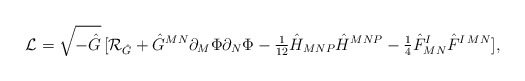
\begin{align*}{\cal L} = \sqrt{-\hat{G}}\,[{\cal R}_{\hat{G}} + \hat{G}^{MN}\partial_M \Phi \partial_N \Phi - {\textstyle {1\over {12}}}\hat{H}_{MNP}\hat{H}^{MNP}-{\textstyle{1\over 4}}\hat{F}^I_{MN}\hat{F}^{I\,MN}],\end{align*}